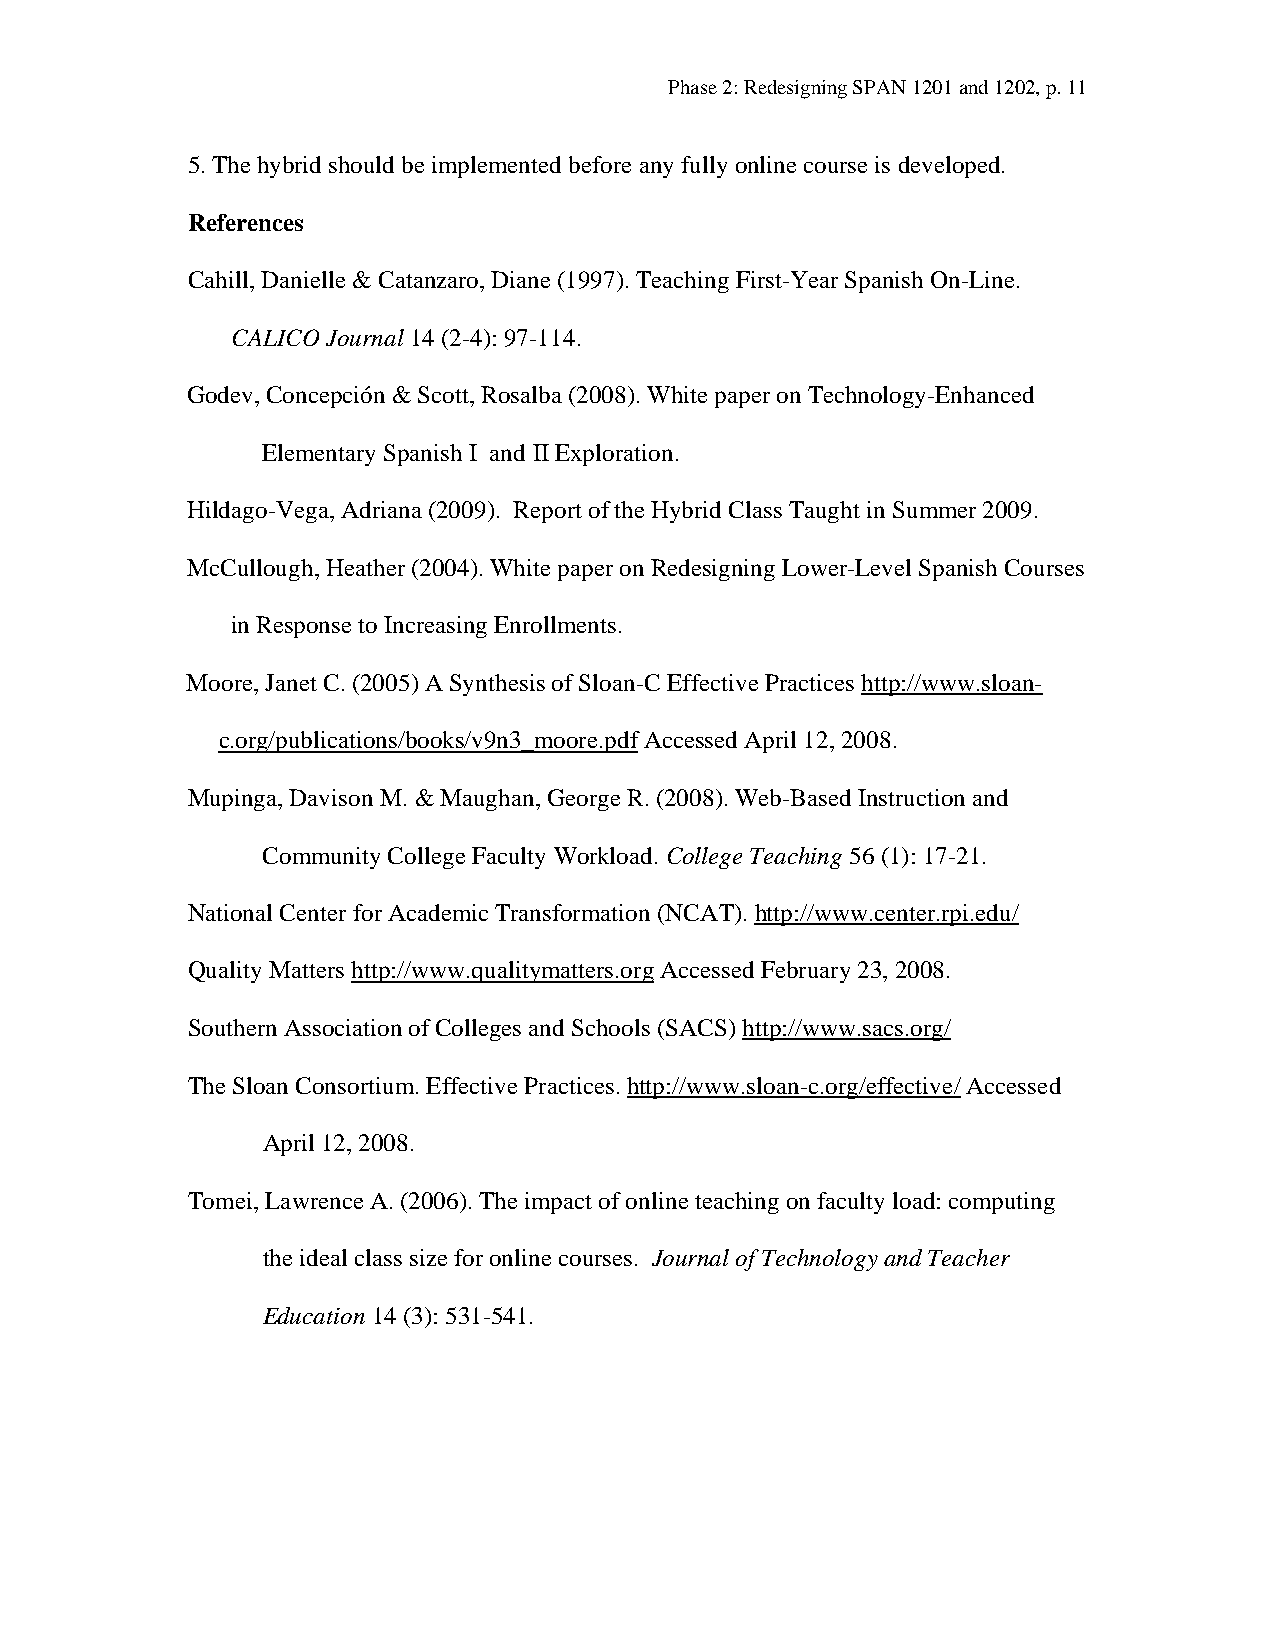
Phase 2: Redesigning SPAN 1201 and 1202, p. 11
 5. The hybrid should be implemented before any fully online course is developed.
 References
 Cahill, Danielle & Catanzaro, Diane (1997). Teaching First-Year Spanish On-Line.
 CALICO Journal 14 (2-4): 97-114.
 Godev, Concepción & Scott, Rosalba (2008). White paper on Technology-Enhanced
 Elementary Spanish I and II Exploration.
 Hildago-Vega, Adriana (2009). Report of the Hybrid Class Taught in Summer 2009.
 McCullough, Heather (2004). White paper on Redesigning Lower-Level Spanish Courses
 in Response to Increasing Enrollments.
 Moore, Janet C. (2005) A Synthesis of Sloan-C Effective Practices http://www.sloan-
 c.org/publications/books/v9n3_moore.pdf Accessed April 12, 2008.
 Mupinga, Davison M. & Maughan, George R. (2008). Web-Based Instruction and
 Community College Faculty Workload. College Teaching 56 (1): 17-21.
 National Center for Academic Transformation (NCAT). http://www.center.rpi.edu/
 Quality Matters http://www.qualitymatters.org Accessed February 23, 2008.
 Southern Association of Colleges and Schools (SACS) http://www.sacs.org/
 The Sloan Consortium. Effective Practices. http://www.sloan-c.org/effective/ Accessed
 April 12, 2008.
 Tomei, Lawrence A. (2006). The impact of online teaching on faculty load: computing
 the ideal class size for online courses. Journal of Technology and Teacher
 Education 14 (3): 531-541.